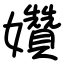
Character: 㜺